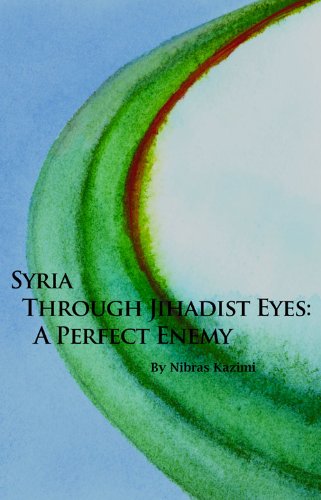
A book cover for Syria through Jihadist Eyes: A Perfect Enemy (Hoover Institution Press Publication); Nibras Kazimi; History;